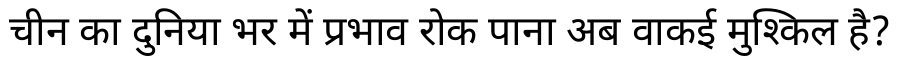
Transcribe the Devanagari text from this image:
चीन का दुनिया भर में प्रभाव रोक पाना अब वाकई मुश्किल है?